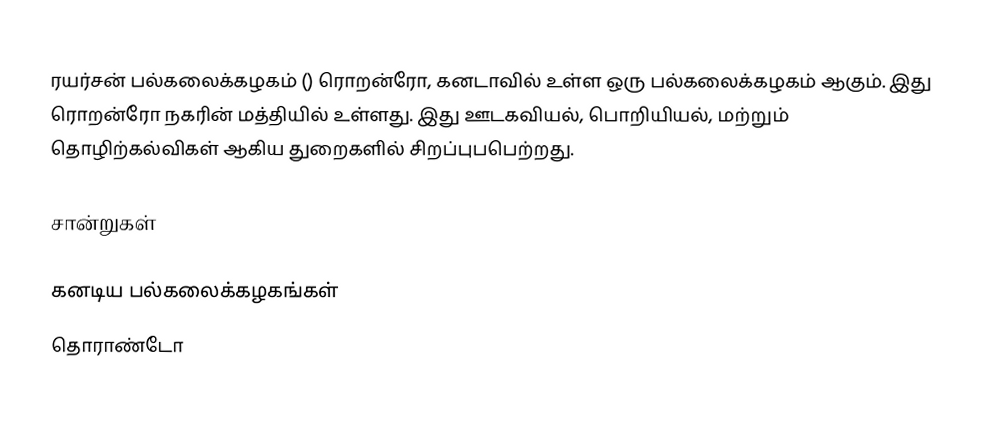
ரயர்சன் பல்கலைக்கழகம் () ரொறன்ரோ, கனடாவில் உள்ள ஒரு பல்கலைக்கழகம் ஆகும்.  இது ரொறன்ரோ நகரின் மத்தியில் உள்ளது.  இது ஊடகவியல், பொறியியல், மற்றும் தொழிற்கல்விகள் ஆகிய துறைகளில் சிறப்புபபெற்றது.

சான்றுகள்

கனடிய பல்கலைக்கழகங்கள்
தொராண்டோ